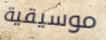
موسيقية